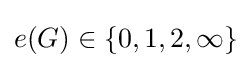
e(G)\in \{0,1,2,\infty \}